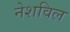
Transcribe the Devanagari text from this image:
नेशविल